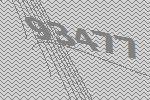
93477